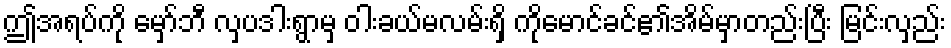
ဤအရပ်ကို မှော်ဘီ လှပဒါးရွာမှ ဝါးခယ်မလမ်းရှိ ကိုမောင်ခင်၏အိမ်မှာတည်းပြီး မြင်းလှည်း